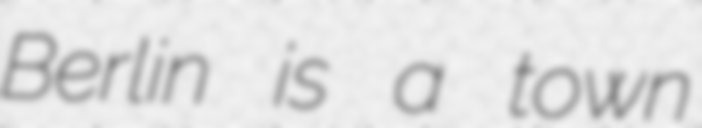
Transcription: Berlin is a town